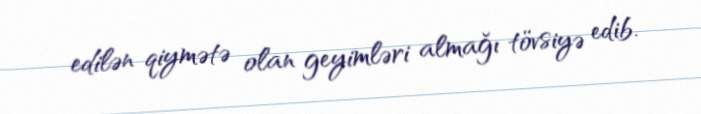
edilən qiymətə olan geyimləri almağı tövsiyə edib.